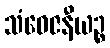
သံဝေဇနီယဉ္စ